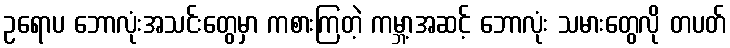
ဥရောပ ဘောလုံးအသင်းတွေမှာ ကစားကြတဲ့ ကမ္ဘာ့အဆင့် ဘောလုံး သမားတွေလို တပတ်